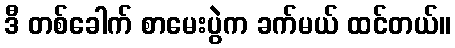
ဒီ တစ်ခေါက် စာမေးပွဲက ခက်မယ် ထင်တယ်။